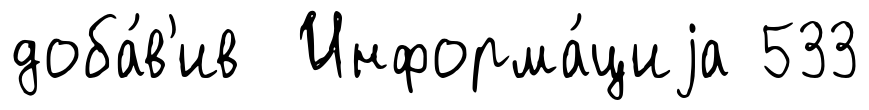
доба́в'ив Информа́циjа 533